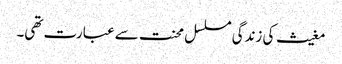
مغیث کی زندگی مسلسل محنت سے عبارت تھی۔